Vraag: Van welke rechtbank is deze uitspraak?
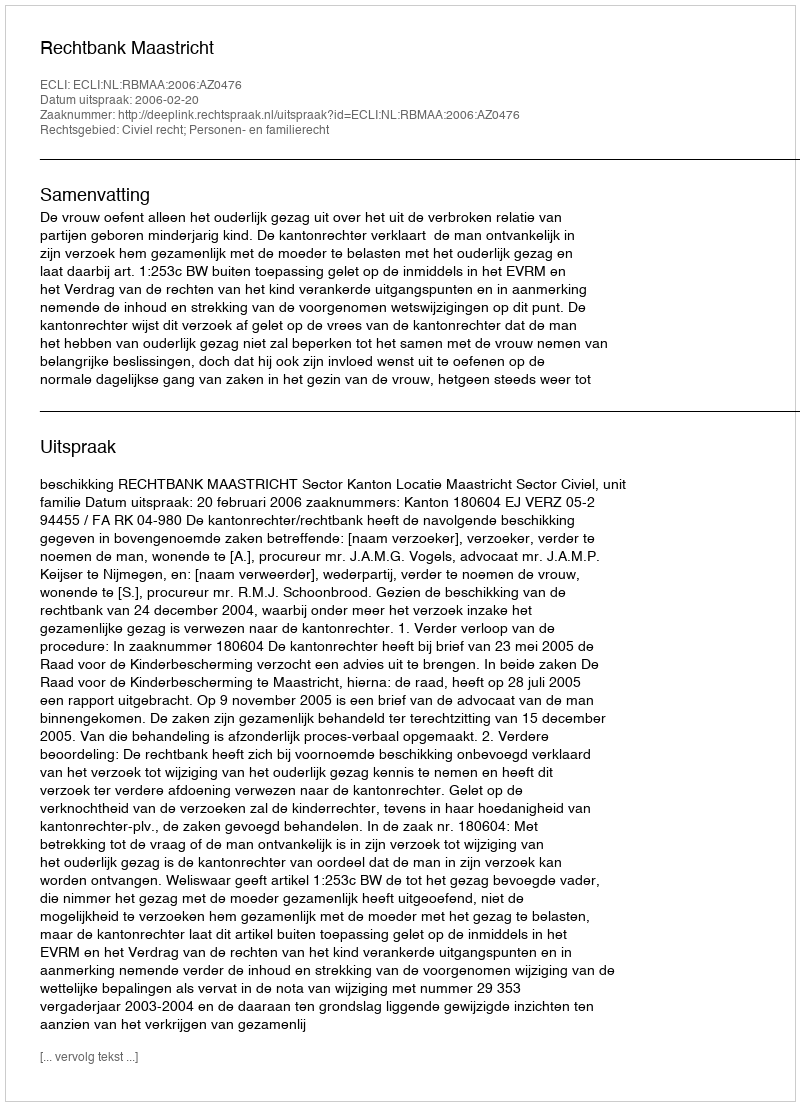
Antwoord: Rechtbank Maastricht